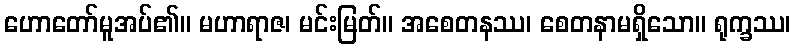
ဟောတော်မူအပ်၏။ မဟာရာဇ၊ မင်းမြတ်။ အစေတနဿ၊ စေတနာမရှိသော။ ရုက္ခဿ၊